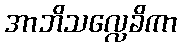
အာဘိသလ္လေခိကာ